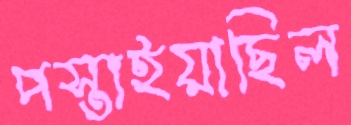
পস্তাইয়াছিল